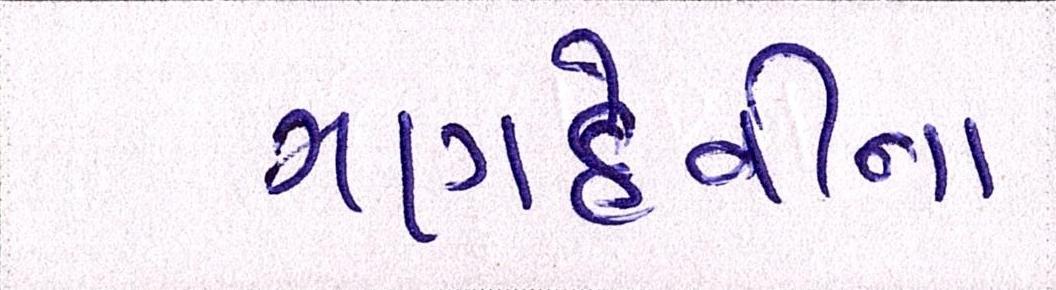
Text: ગણદેવીના